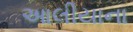
આલીયાના